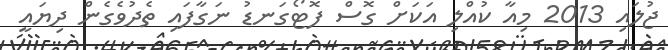
ޖުލައި 2013 މިއާ ކުއްލި އަކަށް ގޮސް ފޮޓޯގަނޑު ނަގާފައި ތެދުވެގެން ދިޔައީ